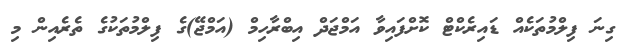
ގިނަ ފިލްމުތަކެއް ޑައިރެކްޓް ކޮށްފައިވާ އަމްޖަދް އިބްރާހިމް (އަމްޖޭ)ގެ ފިލްމުތަކުގެ ތެރެއިން މި